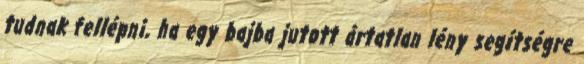
tudnak fellépni, ha egy bajba jutott ártatlan lény segítségre